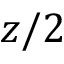
z / 2